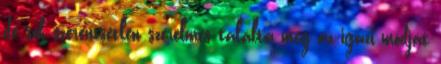
de sok szerencsétlen szerelmes találta meg az igazi módját